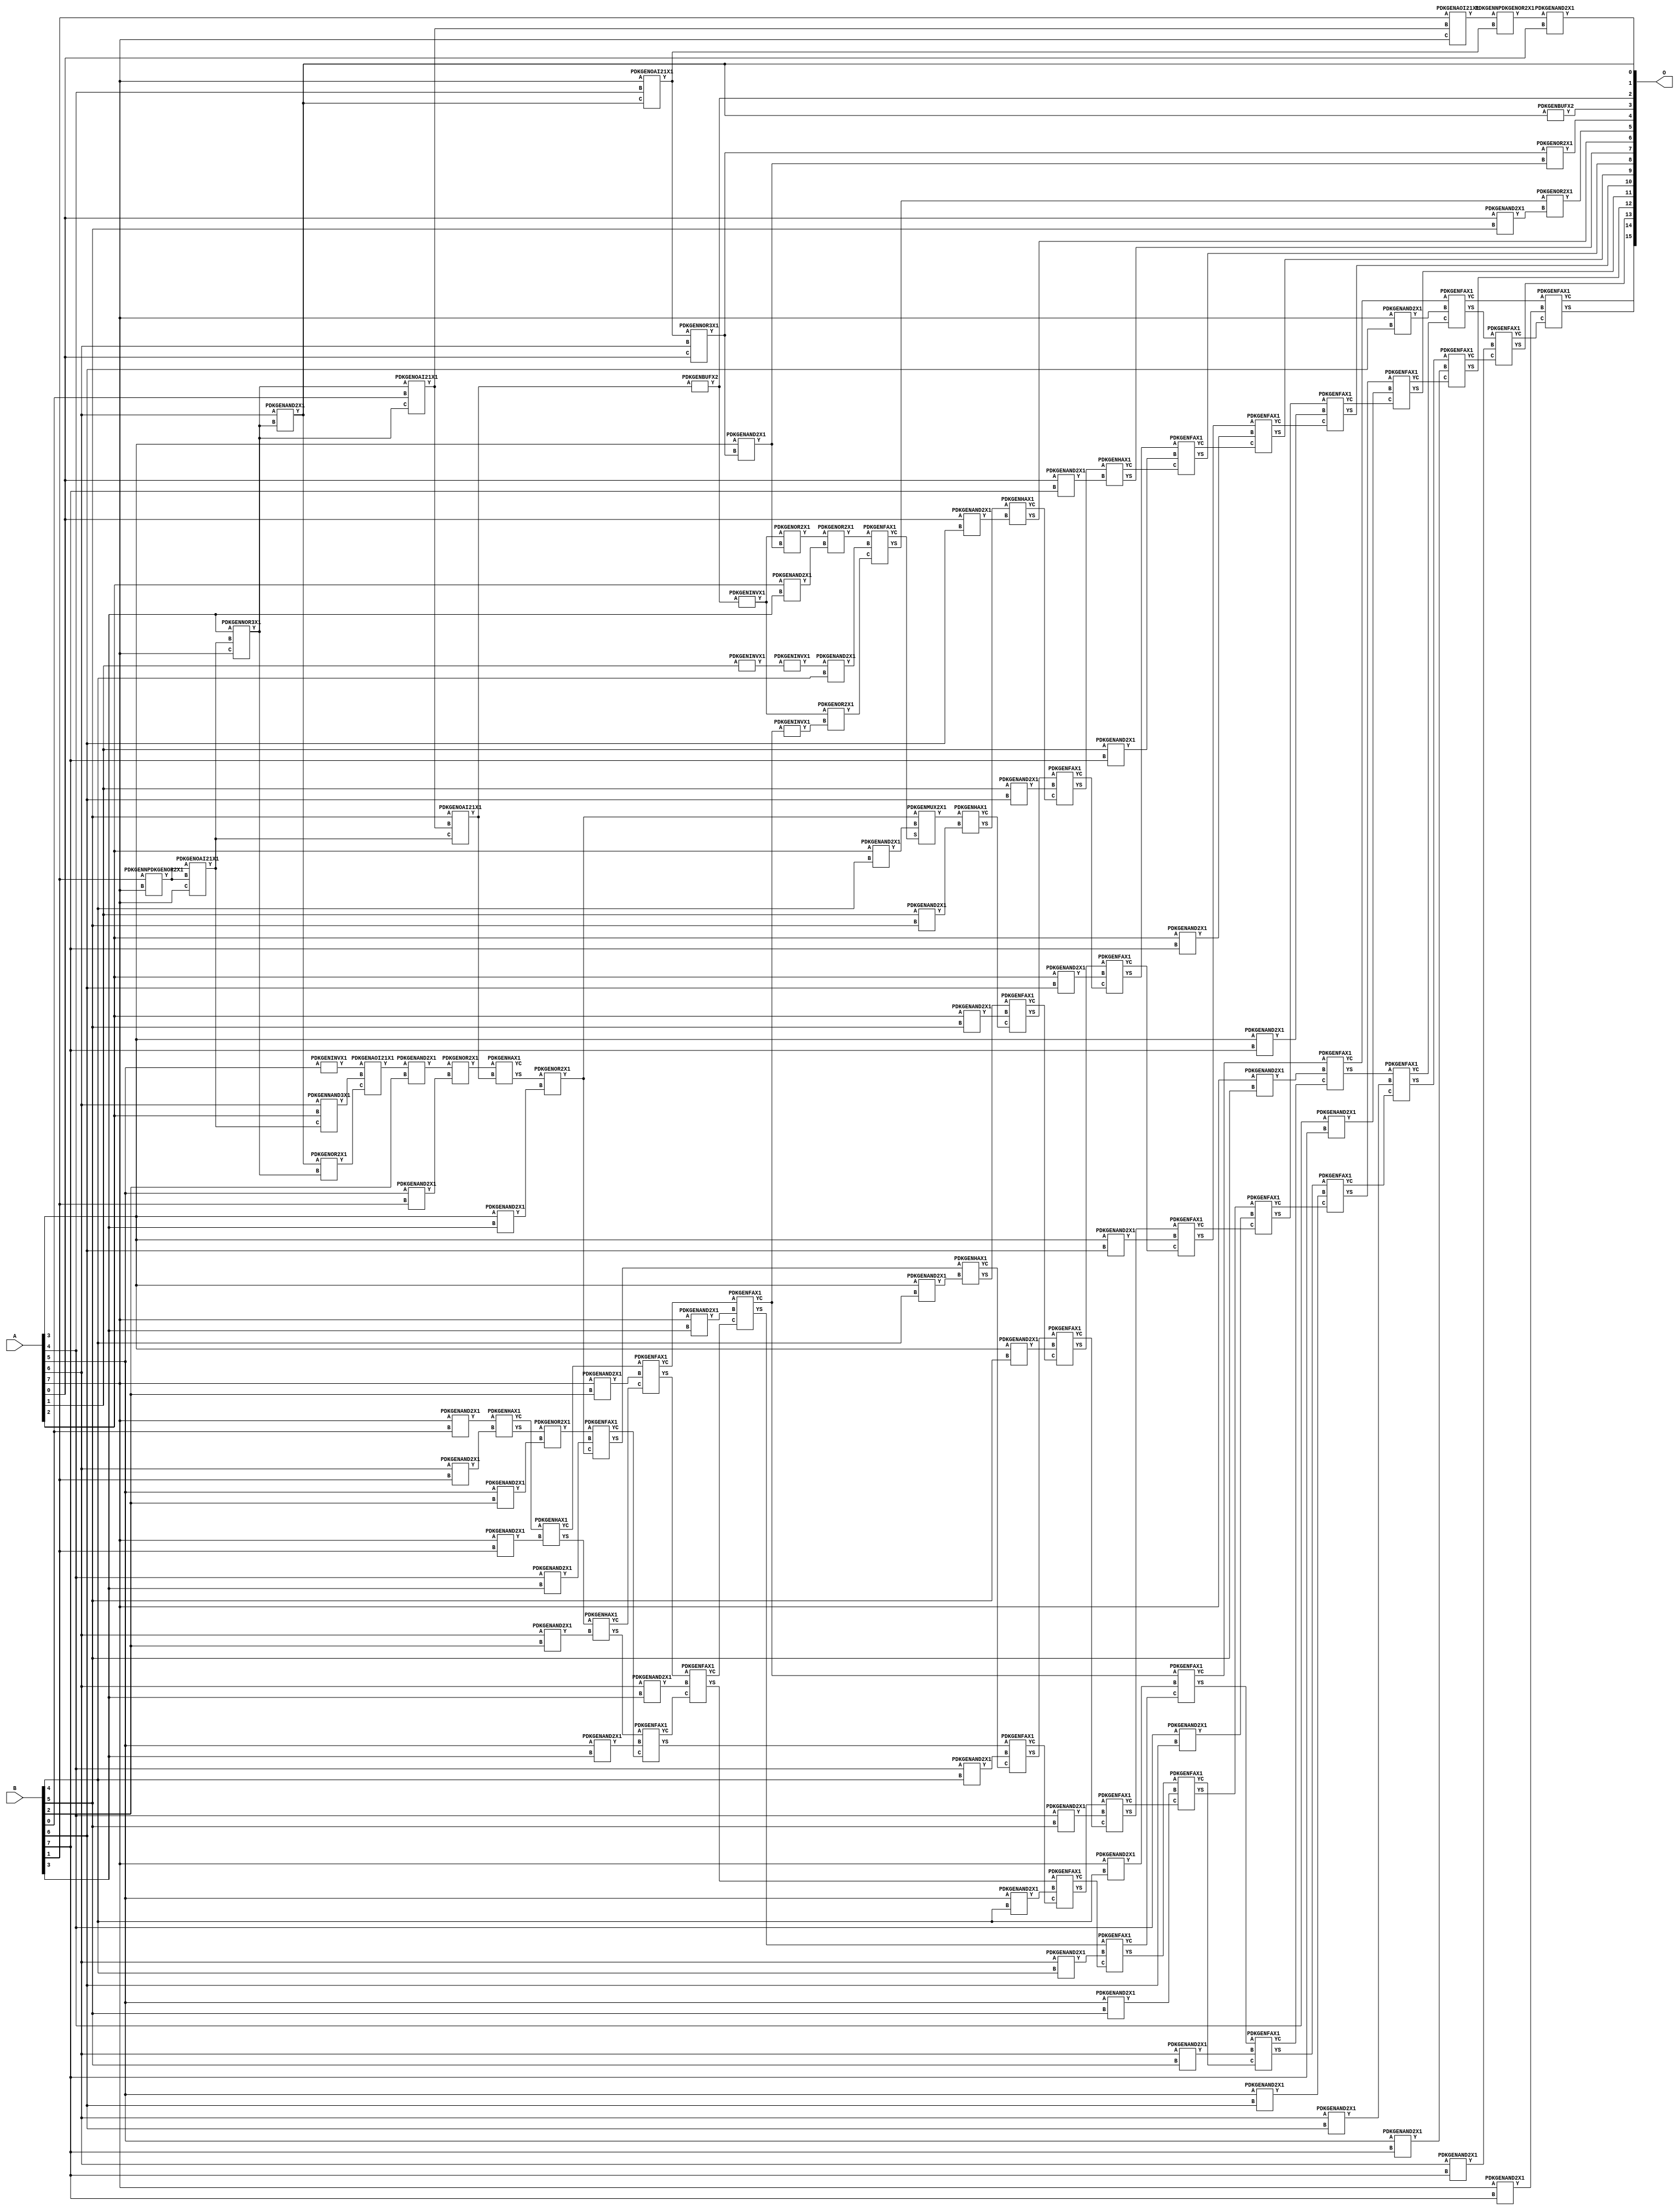
// Library = EvoApprox8b
// Circuit = mul8_134
// Area   (180) = 6608
// Delay  (180) = 5.590
// Power  (180) = 2987.40
// Area   (45) = 484
// Delay  (45) = 2.030
// Power  (45) = 259.40
// Nodes = 114
// HD = 257227
// MAE = 82.32507
// MSE = 12343.25000
// MRE = 2.53 %
// WCE = 545
// WCRE = 100 %
// EP = 93.9 %

module mul8_134(A, B, O);
  input [7:0] A;
  input [7:0] B;
  output [15:0] O;
  wire [2031:0] N;

  assign N[0] = A[0];
  assign N[1] = A[0];
  assign N[2] = A[1];
  assign N[3] = A[1];
  assign N[4] = A[2];
  assign N[5] = A[2];
  assign N[6] = A[3];
  assign N[7] = A[3];
  assign N[8] = A[4];
  assign N[9] = A[4];
  assign N[10] = A[5];
  assign N[11] = A[5];
  assign N[12] = A[6];
  assign N[13] = A[6];
  assign N[14] = A[7];
  assign N[15] = A[7];
  assign N[16] = B[0];
  assign N[17] = B[0];
  assign N[18] = B[1];
  assign N[19] = B[1];
  assign N[20] = B[2];
  assign N[21] = B[2];
  assign N[22] = B[3];
  assign N[23] = B[3];
  assign N[24] = B[4];
  assign N[25] = B[4];
  assign N[26] = B[5];
  assign N[27] = B[5];
  assign N[28] = B[6];
  assign N[29] = B[6];
  assign N[30] = B[7];
  assign N[31] = B[7];

  PDKGENNPDKGENOR2X1 n32(.A(N[18]), .B(N[14]), .Y(N[32]));
  assign N[33] = N[32];
  PDKGENOAI21X1 n34(.A(N[33]), .B(N[32]), .C(N[14]), .Y(N[34]));
  assign N[35] = N[34];
  PDKGENNAND3X1 n36(.A(N[12]), .B(N[4]), .C(N[35]), .Y(N[36]));
  PDKGENNOR3X1 n38(.A(N[22]), .B(N[34]), .C(N[14]), .Y(N[38]));
  assign N[39] = N[38];
  PDKGENAND2X1 n40(.A(N[12]), .B(N[38]), .Y(N[40]));
  assign N[41] = N[40];
  PDKGENOAI21X1 n46(.A(N[14]), .B(N[8]), .C(N[41]), .Y(N[46]));
  PDKGENNOR3X1 n48(.A(N[46]), .B(N[12]), .C(N[0]), .Y(N[48]));
  assign N[49] = N[48];
  PDKGENOAI21X1 n50(.A(N[39]), .B(N[16]), .C(N[39]), .Y(N[50]));
  PDKGENAOI21X1 n52(.A(N[18]), .B(N[50]), .C(N[14]), .Y(N[52]));
  assign N[53] = N[52];
  PDKGENOR2X1 n64(.A(N[41]), .B(N[39]), .Y(N[64]));
  assign N[65] = N[64];
  PDKGENINVX1 n68(.A(N[2]), .Y(N[68]));
  assign N[69] = N[68];
  PDKGENINVX1 n76(.A(N[10]), .Y(N[76]));
  assign N[77] = N[76];
  PDKGENAND2X1 n82(.A(N[6]), .B(N[48]), .Y(N[82]));
  PDKGENNPDKGENOR2X1 n92(.A(N[53]), .B(N[46]), .Y(N[92]));
  assign N[93] = N[92];
  PDKGENAOI21X1 n94(.A(N[77]), .B(N[36]), .C(N[65]), .Y(N[94]));
  PDKGENOAI21X1 n102(.A(N[26]), .B(N[50]), .C(N[35]), .Y(N[102]));
  assign N[103] = N[102];
  PDKGENBUFX2 n114(.A(N[103]), .Y(N[114]));
  assign N[115] = N[114];
  PDKGENAND2X1 n132(.A(N[94]), .B(N[20]), .Y(N[132]));
  PDKGENAND2X1 n148(.A(N[14]), .B(N[16]), .Y(N[148]));
  PDKGENAND2X1 n182(.A(N[93]), .B(N[0]), .Y(N[182]));
  PDKGENOR2X1 n220(.A(N[49]), .B(N[82]), .Y(N[220]));
  assign N[221] = N[220];
  PDKGENAND2X1 n248(.A(N[10]), .B(N[18]), .Y(N[248]));
  PDKGENAND2X1 n264(.A(N[12]), .B(N[18]), .Y(N[264]));
  PDKGENAND2X1 n282(.A(N[14]), .B(N[18]), .Y(N[282]));
  PDKGENINVX1 n364(.A(N[114]), .Y(N[364]));
  assign N[365] = N[364];
  PDKGENOR2X1 n382(.A(N[132]), .B(N[248]), .Y(N[382]));
  PDKGENHAX1 n398(.A(N[148]), .B(N[264]), .YS(N[398]), .YC(N[399]));
  PDKGENHAX1 n414(.A(N[399]), .B(N[282]), .YS(N[414]), .YC(N[415]));
  PDKGENAND2X1 n514(.A(N[10]), .B(N[20]), .Y(N[514]));
  PDKGENAND2X1 n532(.A(N[12]), .B(N[20]), .Y(N[532]));
  PDKGENAND2X1 n548(.A(N[14]), .B(N[20]), .Y(N[548]));
  PDKGENOR2X1 n614(.A(N[364]), .B(N[82]), .Y(N[614]));
  PDKGENHAX1 n632(.A(N[382]), .B(N[102]), .YS(N[632]), .YC(N[633]));
  PDKGENOR2X1 n648(.A(N[398]), .B(N[514]), .Y(N[648]));
  PDKGENHAX1 n664(.A(N[414]), .B(N[532]), .YS(N[664]), .YC(N[665]));
  PDKGENFAX1 n682(.A(N[415]), .B(N[548]), .C(N[665]), .YS(N[682]), .YC(N[683]));
  PDKGENAND2X1 n732(.A(N[4]), .B(N[22]), .Y(N[732]));
  PDKGENAND2X1 n748(.A(N[6]), .B(N[22]), .Y(N[748]));
  PDKGENAND2X1 n764(.A(N[8]), .B(N[22]), .Y(N[764]));
  PDKGENAND2X1 n782(.A(N[10]), .B(N[22]), .Y(N[782]));
  PDKGENAND2X1 n798(.A(N[12]), .B(N[22]), .Y(N[798]));
  PDKGENAND2X1 n814(.A(N[14]), .B(N[22]), .Y(N[814]));
  PDKGENBUFX2 n832(.A(N[41]), .Y(N[832]));
  PDKGENINVX1 n844(.A(N[69]), .Y(N[844]));
  assign N[845] = N[844];
  PDKGENOR2X1 n864(.A(N[614]), .B(N[732]), .Y(N[864]));
  PDKGENOR2X1 n882(.A(N[632]), .B(N[748]), .Y(N[882]));
  assign N[883] = N[882];
  PDKGENFAX1 n898(.A(N[648]), .B(N[764]), .C(N[883]), .YS(N[898]), .YC(N[899]));
  PDKGENFAX1 n914(.A(N[664]), .B(N[782]), .C(N[899]), .YS(N[914]), .YC(N[915]));
  PDKGENFAX1 n932(.A(N[682]), .B(N[798]), .C(N[915]), .YS(N[932]), .YC(N[933]));
  PDKGENFAX1 n948(.A(N[683]), .B(N[814]), .C(N[933]), .YS(N[948]), .YC(N[949]));
  PDKGENINVX1 n964(.A(N[949]), .Y(N[964]));
  PDKGENAND2X1 n982(.A(N[845]), .B(N[24]), .Y(N[982]));
  PDKGENAND2X1 n998(.A(N[4]), .B(N[24]), .Y(N[998]));
  PDKGENAND2X1 n1014(.A(N[6]), .B(N[24]), .Y(N[1014]));
  PDKGENAND2X1 n1032(.A(N[8]), .B(N[24]), .Y(N[1032]));
  PDKGENAND2X1 n1048(.A(N[10]), .B(N[24]), .Y(N[1048]));
  PDKGENAND2X1 n1064(.A(N[12]), .B(N[24]), .Y(N[1064]));
  PDKGENAND2X1 n1082(.A(N[14]), .B(N[24]), .Y(N[1082]));
  PDKGENOR2X1 n1098(.A(N[365]), .B(N[964]), .Y(N[1098]));
  assign N[1099] = N[1098];
  PDKGENFAX1 n1114(.A(N[864]), .B(N[982]), .C(N[1099]), .YS(N[1114]), .YC(N[1115]));
  PDKGENMUX2X1 n1132(.A(N[882]), .B(N[998]), .S(N[1115]), .Y(N[1132]));
  PDKGENHAX1 n1148(.A(N[898]), .B(N[1014]), .YS(N[1148]), .YC(N[1149]));
  PDKGENFAX1 n1164(.A(N[914]), .B(N[1032]), .C(N[1149]), .YS(N[1164]), .YC(N[1165]));
  PDKGENFAX1 n1182(.A(N[932]), .B(N[1048]), .C(N[1165]), .YS(N[1182]), .YC(N[1183]));
  PDKGENFAX1 n1198(.A(N[948]), .B(N[1064]), .C(N[1183]), .YS(N[1198]), .YC(N[1199]));
  PDKGENFAX1 n1214(.A(N[949]), .B(N[1082]), .C(N[1199]), .YS(N[1214]), .YC(N[1215]));
  PDKGENAND2X1 n1232(.A(N[0]), .B(N[26]), .Y(N[1232]));
  PDKGENAND2X1 n1248(.A(N[2]), .B(N[26]), .Y(N[1248]));
  PDKGENAND2X1 n1264(.A(N[4]), .B(N[26]), .Y(N[1264]));
  PDKGENAND2X1 n1282(.A(N[6]), .B(N[26]), .Y(N[1282]));
  PDKGENAND2X1 n1298(.A(N[8]), .B(N[26]), .Y(N[1298]));
  PDKGENAND2X1 n1314(.A(N[10]), .B(N[26]), .Y(N[1314]));
  PDKGENAND2X1 n1332(.A(N[12]), .B(N[26]), .Y(N[1332]));
  PDKGENAND2X1 n1348(.A(N[14]), .B(N[26]), .Y(N[1348]));
  PDKGENOR2X1 n1364(.A(N[1114]), .B(N[1232]), .Y(N[1364]));
  PDKGENHAX1 n1382(.A(N[1132]), .B(N[1248]), .YS(N[1382]), .YC(N[1383]));
  PDKGENFAX1 n1398(.A(N[1148]), .B(N[1264]), .C(N[1383]), .YS(N[1398]), .YC(N[1399]));
  PDKGENFAX1 n1414(.A(N[1164]), .B(N[1282]), .C(N[1399]), .YS(N[1414]), .YC(N[1415]));
  PDKGENFAX1 n1432(.A(N[1182]), .B(N[1298]), .C(N[1415]), .YS(N[1432]), .YC(N[1433]));
  PDKGENFAX1 n1448(.A(N[1198]), .B(N[1314]), .C(N[1433]), .YS(N[1448]), .YC(N[1449]));
  PDKGENFAX1 n1464(.A(N[1214]), .B(N[1332]), .C(N[1449]), .YS(N[1464]), .YC(N[1465]));
  PDKGENFAX1 n1482(.A(N[1215]), .B(N[1348]), .C(N[1465]), .YS(N[1482]), .YC(N[1483]));
  PDKGENAND2X1 n1498(.A(N[0]), .B(N[28]), .Y(N[1498]));
  PDKGENAND2X1 n1514(.A(N[2]), .B(N[28]), .Y(N[1514]));
  PDKGENAND2X1 n1532(.A(N[4]), .B(N[28]), .Y(N[1532]));
  PDKGENAND2X1 n1548(.A(N[6]), .B(N[28]), .Y(N[1548]));
  PDKGENAND2X1 n1564(.A(N[8]), .B(N[28]), .Y(N[1564]));
  PDKGENAND2X1 n1582(.A(N[10]), .B(N[28]), .Y(N[1582]));
  PDKGENAND2X1 n1598(.A(N[12]), .B(N[28]), .Y(N[1598]));
  PDKGENAND2X1 n1614(.A(N[14]), .B(N[28]), .Y(N[1614]));
  PDKGENHAX1 n1632(.A(N[1382]), .B(N[1498]), .YS(N[1632]), .YC(N[1633]));
  PDKGENFAX1 n1648(.A(N[1398]), .B(N[1514]), .C(N[1633]), .YS(N[1648]), .YC(N[1649]));
  PDKGENFAX1 n1664(.A(N[1414]), .B(N[1532]), .C(N[1649]), .YS(N[1664]), .YC(N[1665]));
  PDKGENFAX1 n1682(.A(N[1432]), .B(N[1548]), .C(N[1665]), .YS(N[1682]), .YC(N[1683]));
  PDKGENFAX1 n1698(.A(N[1448]), .B(N[1564]), .C(N[1683]), .YS(N[1698]), .YC(N[1699]));
  PDKGENFAX1 n1714(.A(N[1464]), .B(N[1582]), .C(N[1699]), .YS(N[1714]), .YC(N[1715]));
  PDKGENFAX1 n1732(.A(N[1482]), .B(N[1598]), .C(N[1715]), .YS(N[1732]), .YC(N[1733]));
  PDKGENFAX1 n1748(.A(N[1483]), .B(N[1614]), .C(N[1733]), .YS(N[1748]), .YC(N[1749]));
  PDKGENAND2X1 n1764(.A(N[0]), .B(N[30]), .Y(N[1764]));
  PDKGENAND2X1 n1782(.A(N[2]), .B(N[30]), .Y(N[1782]));
  PDKGENAND2X1 n1798(.A(N[4]), .B(N[30]), .Y(N[1798]));
  PDKGENAND2X1 n1814(.A(N[6]), .B(N[30]), .Y(N[1814]));
  PDKGENAND2X1 n1832(.A(N[8]), .B(N[30]), .Y(N[1832]));
  PDKGENAND2X1 n1848(.A(N[10]), .B(N[30]), .Y(N[1848]));
  PDKGENAND2X1 n1864(.A(N[12]), .B(N[30]), .Y(N[1864]));
  PDKGENAND2X1 n1882(.A(N[14]), .B(N[30]), .Y(N[1882]));
  PDKGENHAX1 n1898(.A(N[1648]), .B(N[1764]), .YS(N[1898]), .YC(N[1899]));
  PDKGENFAX1 n1914(.A(N[1664]), .B(N[1782]), .C(N[1899]), .YS(N[1914]), .YC(N[1915]));
  PDKGENFAX1 n1932(.A(N[1682]), .B(N[1798]), .C(N[1915]), .YS(N[1932]), .YC(N[1933]));
  PDKGENFAX1 n1948(.A(N[1698]), .B(N[1814]), .C(N[1933]), .YS(N[1948]), .YC(N[1949]));
  PDKGENFAX1 n1964(.A(N[1714]), .B(N[1832]), .C(N[1949]), .YS(N[1964]), .YC(N[1965]));
  PDKGENFAX1 n1982(.A(N[1732]), .B(N[1848]), .C(N[1965]), .YS(N[1982]), .YC(N[1983]));
  PDKGENFAX1 n1998(.A(N[1748]), .B(N[1864]), .C(N[1983]), .YS(N[1998]), .YC(N[1999]));
  PDKGENFAX1 n2014(.A(N[1749]), .B(N[1882]), .C(N[1999]), .YS(N[2014]), .YC(N[2015]));

  assign O[0] = N[41];
  assign O[1] = N[182];
  assign O[2] = N[115];
  assign O[3] = N[832];
  assign O[4] = N[221];
  assign O[5] = N[1364];
  assign O[6] = N[1632];
  assign O[7] = N[1898];
  assign O[8] = N[1914];
  assign O[9] = N[1932];
  assign O[10] = N[1948];
  assign O[11] = N[1964];
  assign O[12] = N[1982];
  assign O[13] = N[1998];
  assign O[14] = N[2014];
  assign O[15] = N[2015];

endmodule
/* mod */
module PDKGENOAI21X1( input A, input B, input C, output Y );
    assign Y = ~((A | B) & C);
endmodule
/* mod */
module PDKGENAOI21X1( input A, input B, input C, output Y );
    assign Y = ~((A & B) | C);
endmodule
/* mod */
module PDKGENFAX1( input A, input B, input C, output YS, output YC );
    assign YS = (A ^ B) ^ C;
    assign YC = (A & B) | (B & C) | (A & C);
endmodule
/* mod */
module PDKGENMUX2X1( input A, input B, input S, output Y );
    assign Y = (A & ~S) | (B & S);
endmodule
/* mod */
module PDKGENHAX1( input A, input B, output YS, output YC );
    assign YS = A ^ B;
    assign YC = A & B;
endmodule
/* mod */
module PDKGENNOR3X1(input A, input B, input C, output Y );
     assign Y = ~((A | B) | C);
endmodule
/* mod */
module PDKGENAND2X1(input A, input B, output Y );
     assign Y = A & B;
endmodule
/* mod */
module PDKGENINVX1(input A, output Y );
     assign Y = ~A;
endmodule
/* mod */
module PDKGENNPDKGENOR2X1(input A, input B, output Y );
     assign Y = ~(A | B);
endmodule
/* mod */
module PDKGENNAND3X1(input A, input B, input C, output Y );
     assign Y = ~((A & B) & C);
endmodule
/* mod */
module PDKGENBUFX2(input A, output Y );
     assign Y = A;
endmodule
/* mod */
module PDKGENOR2X1(input A, input B, output Y );
     assign Y = A | B;
endmodule